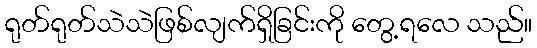
ရုတ်ရုတ်သဲသဲဖြစ်လျက်ရှိခြင်းကို တွေ့ရလေ သည်။